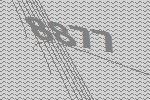
8877